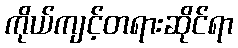
ကိုယ်ကျင့်တရားဆိုင်ရာ